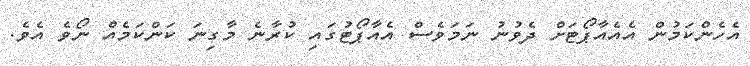
އެހެންކަމުން އެއެއާޕޯޓަށް ދެވުނު ނަމަވެސް އެއާޕޯޓުގައި ކުރާނެ މާގިނަ ކަންކަމެއް ނޯވެ އެވެ.